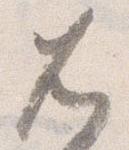
兀